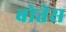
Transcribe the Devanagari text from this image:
बोतेस